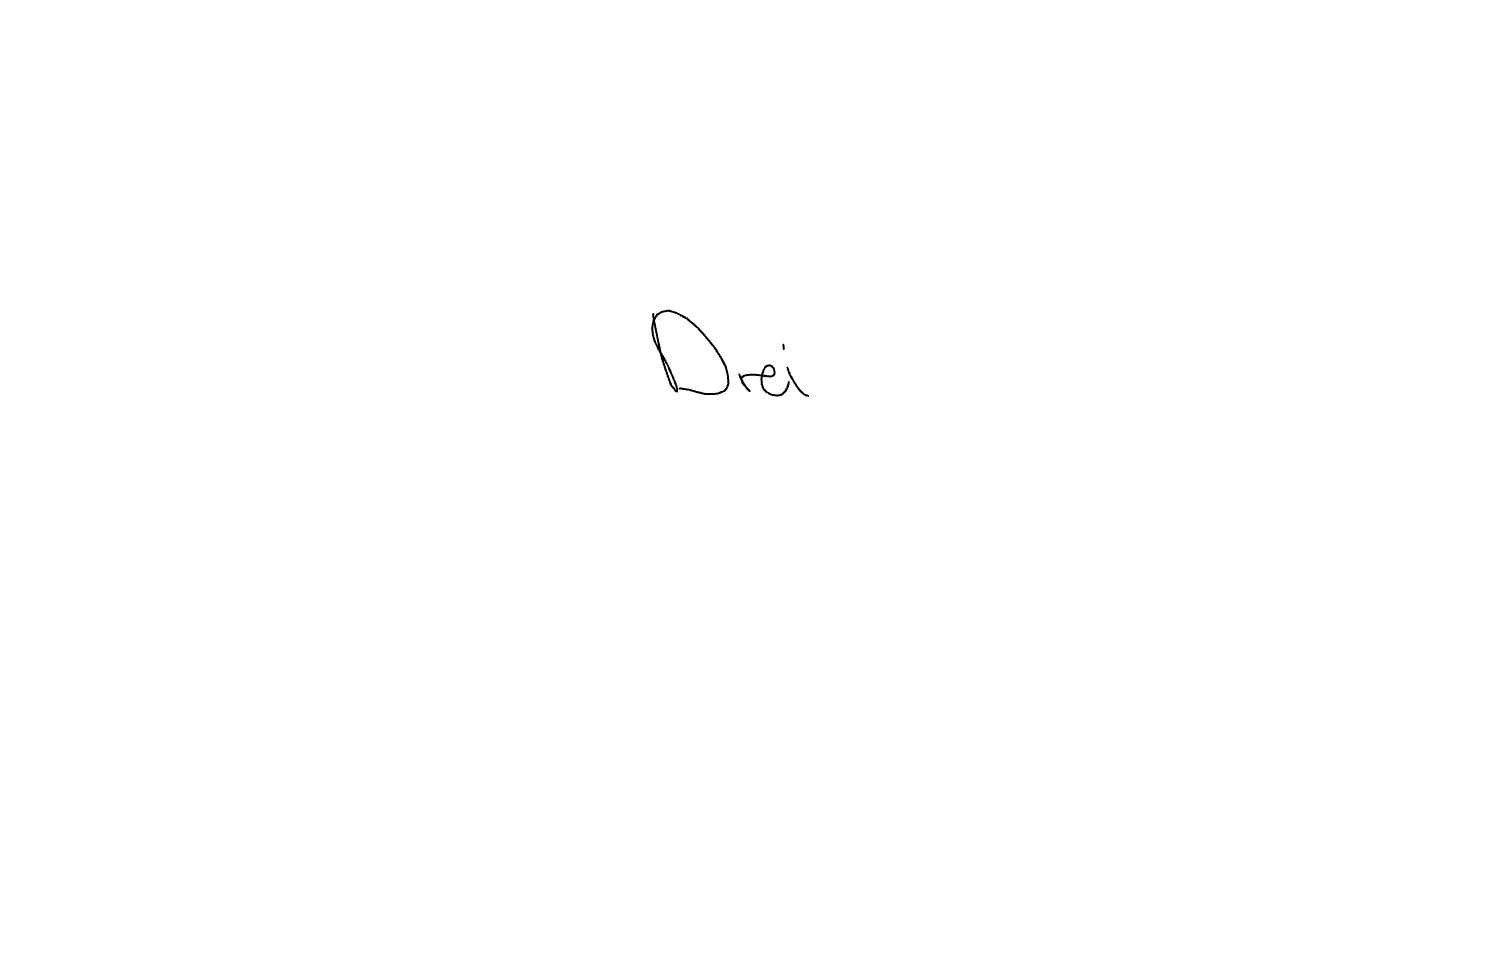
Text: Drei